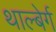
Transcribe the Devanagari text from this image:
थाल्बेर्ग